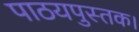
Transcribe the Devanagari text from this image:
पाठयपुस्तक।